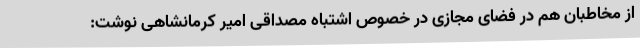
از مخاطبان هم در فضای مجازی در خصوص اشتباه مصداقی امیر کرمانشاهی نوشت: